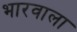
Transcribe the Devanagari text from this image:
भारवाला